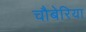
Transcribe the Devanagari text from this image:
चौबेरिया